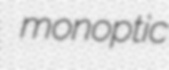
monoptic